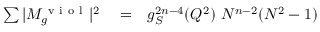
\begin{array} { r l r } { \sum \vert M _ { g } ^ { \mathrm { ~ v ~ i ~ o ~ l ~ } } \vert ^ { 2 } } & { { } = } & { g _ { S } ^ { 2 n - 4 } ( Q ^ { 2 } ) ~ N ^ { n - 2 } ( N ^ { 2 } - 1 ) } \end{array}